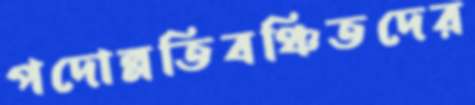
পদোন্নতিবঞ্চিতদের